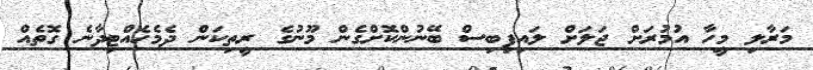
މަރާލި މީހާ އުމުރަށް ޖަލަށް ލައިފިބިސް ބޭނުންކޮށްގެން މޫނުގެ ރީތިކަން ދެމެހެއްޓިދާނެ ގޮތެއް